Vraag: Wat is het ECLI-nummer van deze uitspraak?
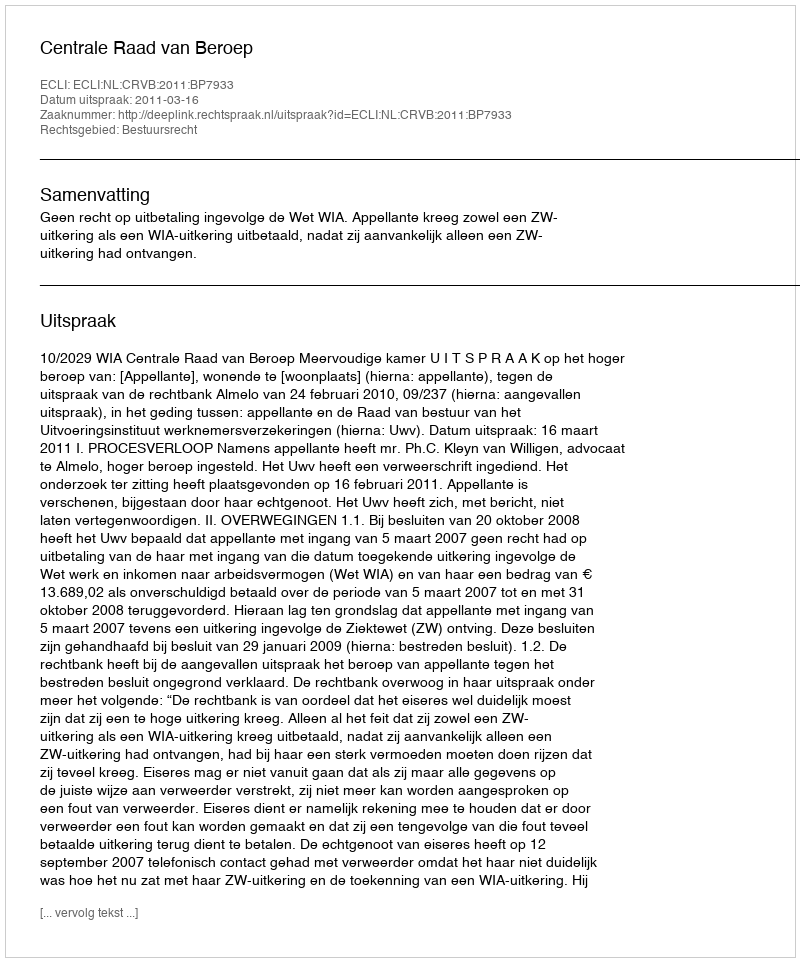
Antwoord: ECLI:NL:CRVB:2011:BP7933